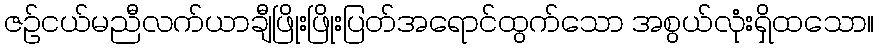
ဇဉ်ငယ်မညီလက်ယာချီဖြိုးဖြိုးပြတ်အရောင်ထွက်သော အစွယ်လုံးရှိထသော။